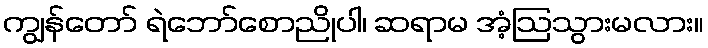
ကျွန်တော် ရဲဘော်စောညိုပါ၊ ဆရာမ အံ့ဩသွားမလား။